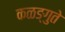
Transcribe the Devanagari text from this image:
कळङ्गुते